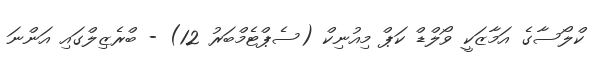
ކްލޯސާގެ އަމާޒަކީ ވޯލްޑް ކަޕް މިއުނިކް (ސެޕްޓެމްބަރު 12) - ބްރެޒިލްގައި އަންނަ